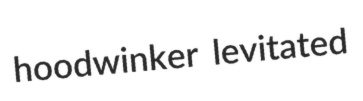
hoodwinker levitated